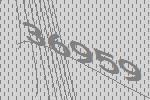
36959